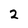
Character: 2